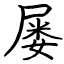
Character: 屡